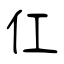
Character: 仜